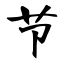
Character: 节